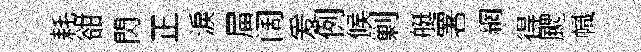
耗𧮳閃正淚屇阔爰例候剿艇署網得颸幟